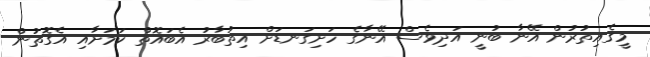
މީގެއިތުރުން އޭނާ ބުނީ އަދިވެސް އޭނާގެ ހަށިގަނޑަށް އިތުބާރު އެބައޮތް ކަމަށާއި އެގޮތުން